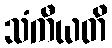
သံကီယတိ